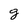
Character: g